Riigikohus_(kohtuotsuste_protokollid), lk 14
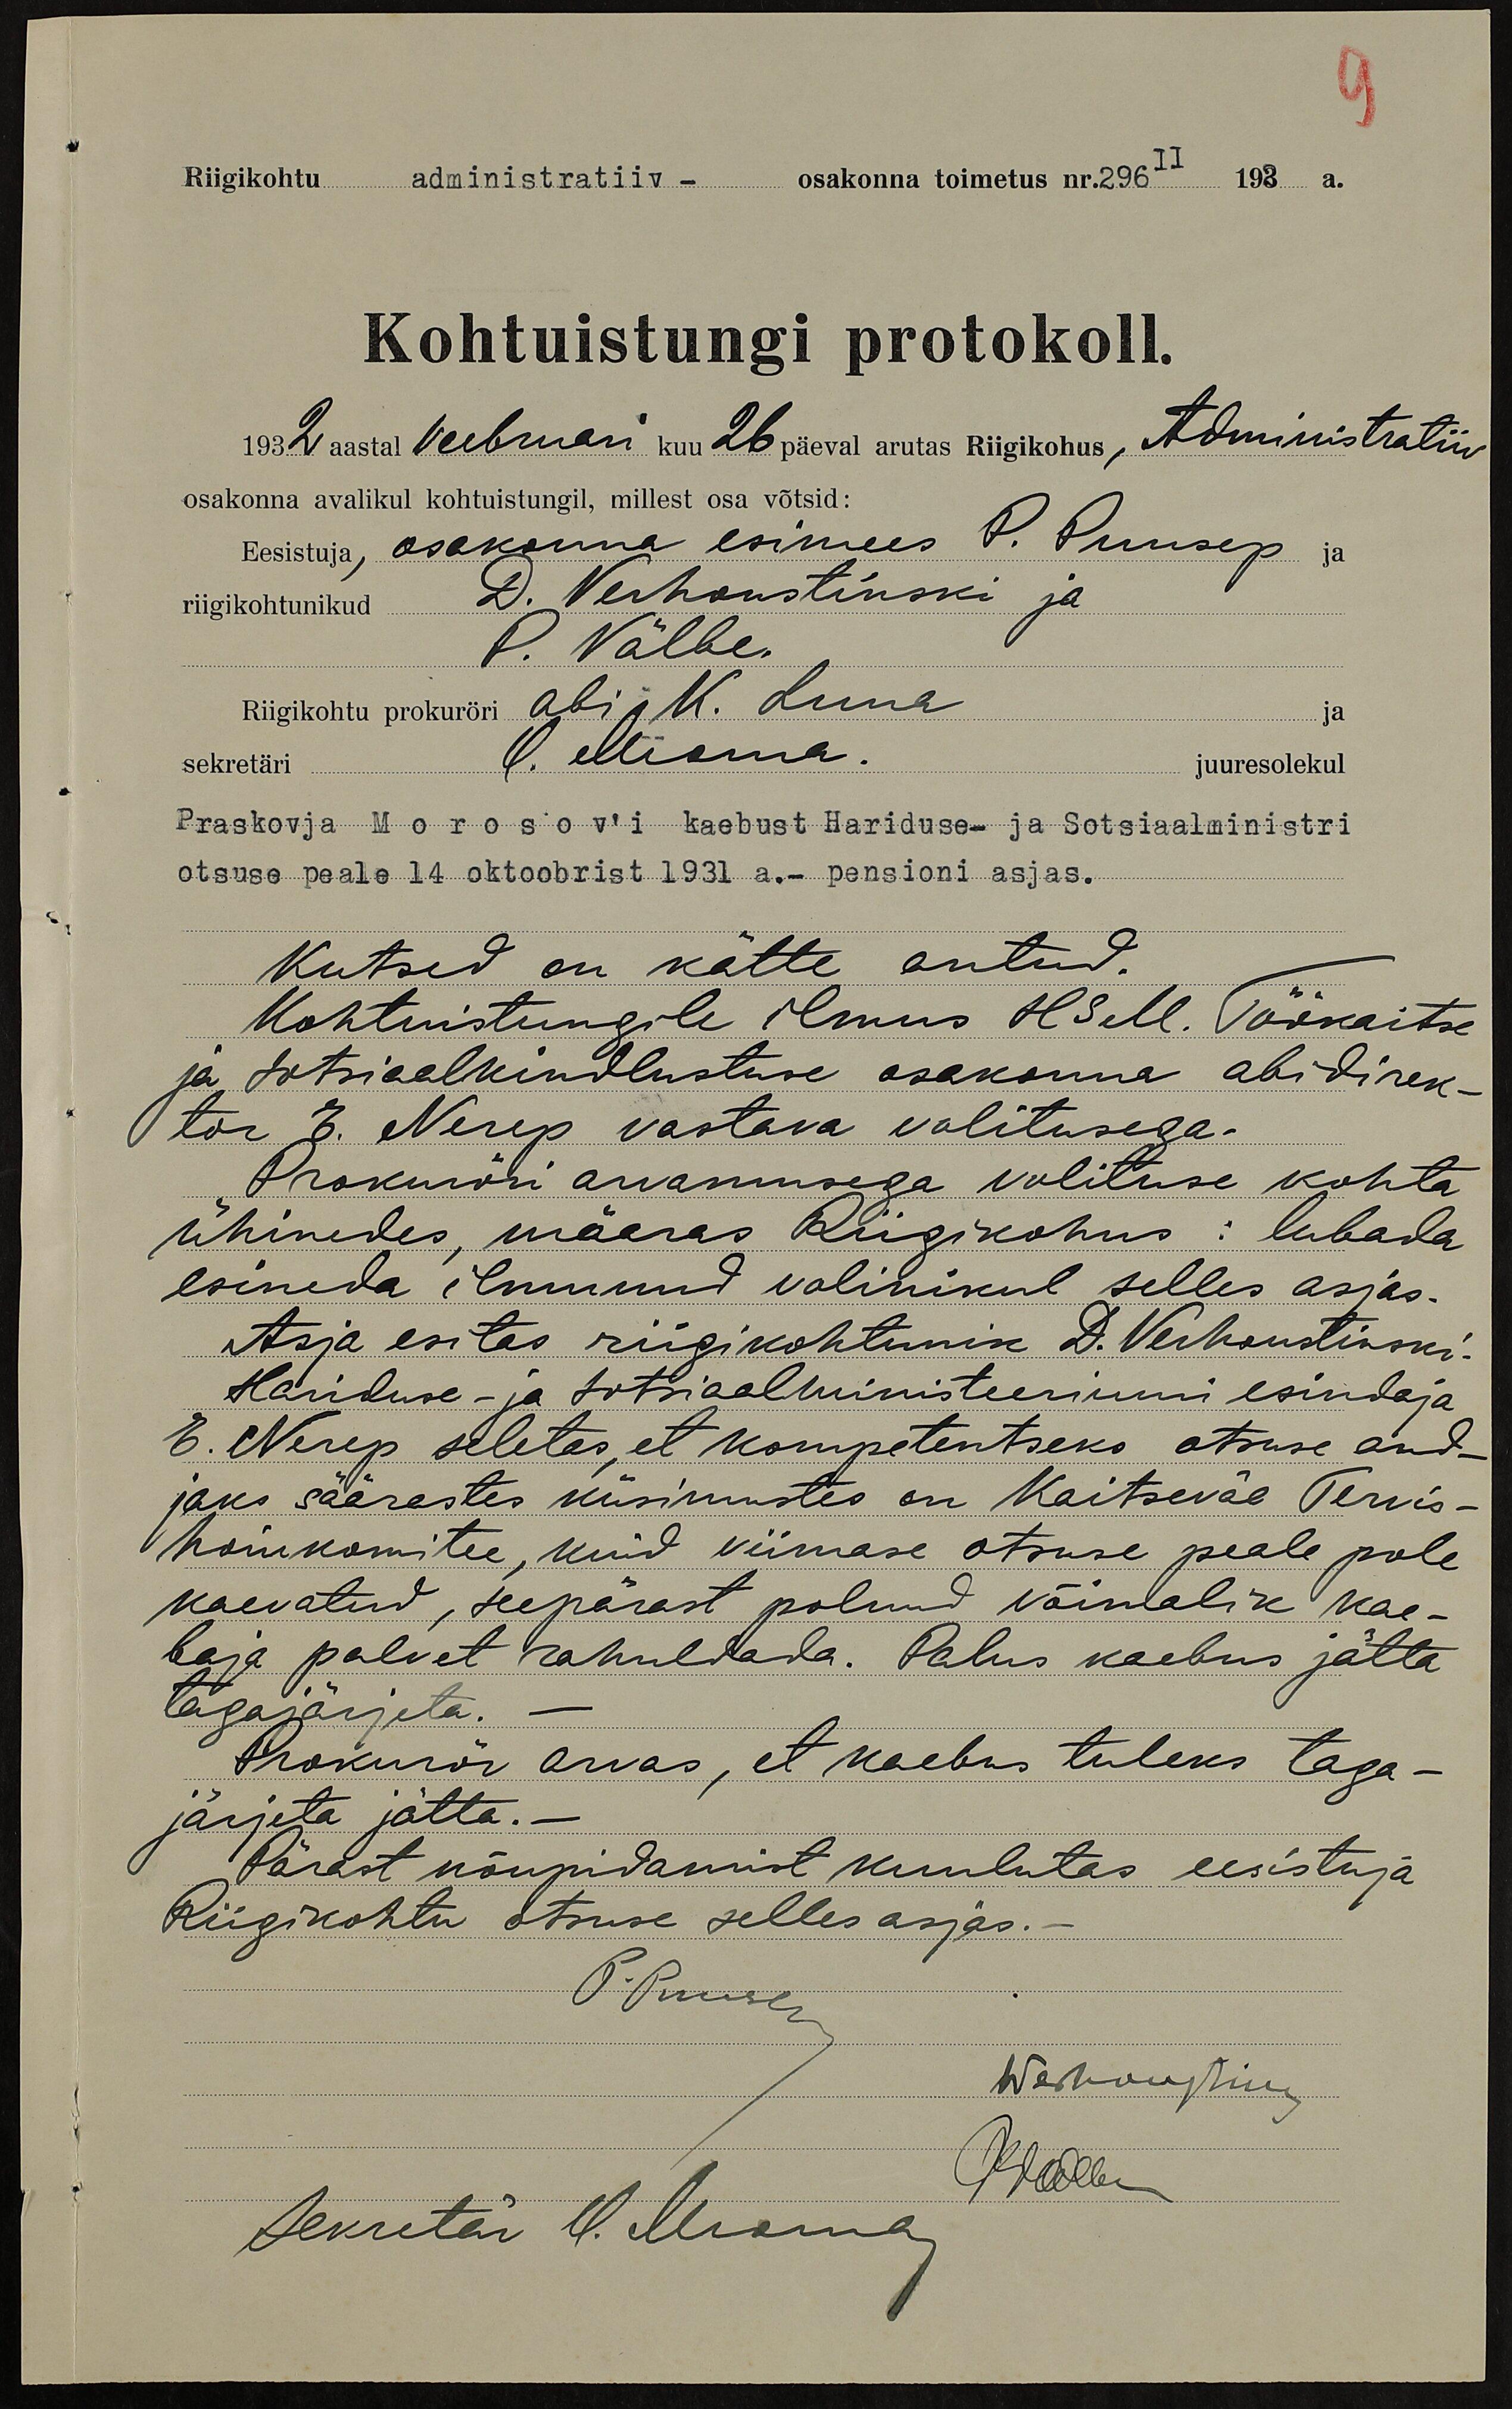
Riigikohtu administratiiv- osakonna toimetus n.296 - 193 a.
Kohtuistungi protokoll.
1932. aastal veebruari kuu 26 päeval arutas Riigikohus, Administratiiv
osakonna avalikul kohtuistungil, millest osa võtsid:
Eesistuja, osakonna esimees P. Puusep ja
riigikohtunikud D. Verhoustinski ja
P. Välbe
Riigikohtu prokuröri abi K. Luna
ja
sekretäri O. Mioma.
juuresolekul
Praskovja Morosov'i kaebust Hariduse- ja Sotsiaalministri
otsuse peale 14.oktoobrist 1931.a. pensioni asjas.
Kutsed on kätte antud.
Kohtuistungile ilmus HSM. Töökaitse
ja sotsiaalkindlustuse osakonna abidirek-
tor E. Nerep vastava volitusega
Prokuröri arvamusega volituse kohta
ühinedes, määras Riigikohus: lubada
esineda ilmunud volinikul selles asjas.
Asja esitas riigikohtunik A. Verhoustinski
Hariduse ja Sotsiaalministeeriumi esindaja
E. Nerep seletas, et kompetentseks otsuse and-
jaks säärastes küsimustes on Kaitseväe Tervis-
hoiukomitee, kuid viimase otsuse peale pole
kaevatud, seepärast polnud võimalik kae-
baja palvet rahuldada. Palus kaebus jätta
tagajärjeta.-
Prokurör arvas, et kaebus tuleks taga-
järjeta jätta.-
Pärast nõupidamist kuulutas eesistuja
Riigikohtu otsuse selles asjas.